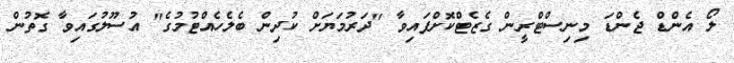
ލޯ އެންޑް ޖެންޑަ މިނިސްޓްރީން ގެޒެޓްކޮށްފައިވާ "ދަރުމަޔަށް ކުދިން ބެލެހެއްޓުމުގެ" އުސޫލުގައިވާ ގޮތުން